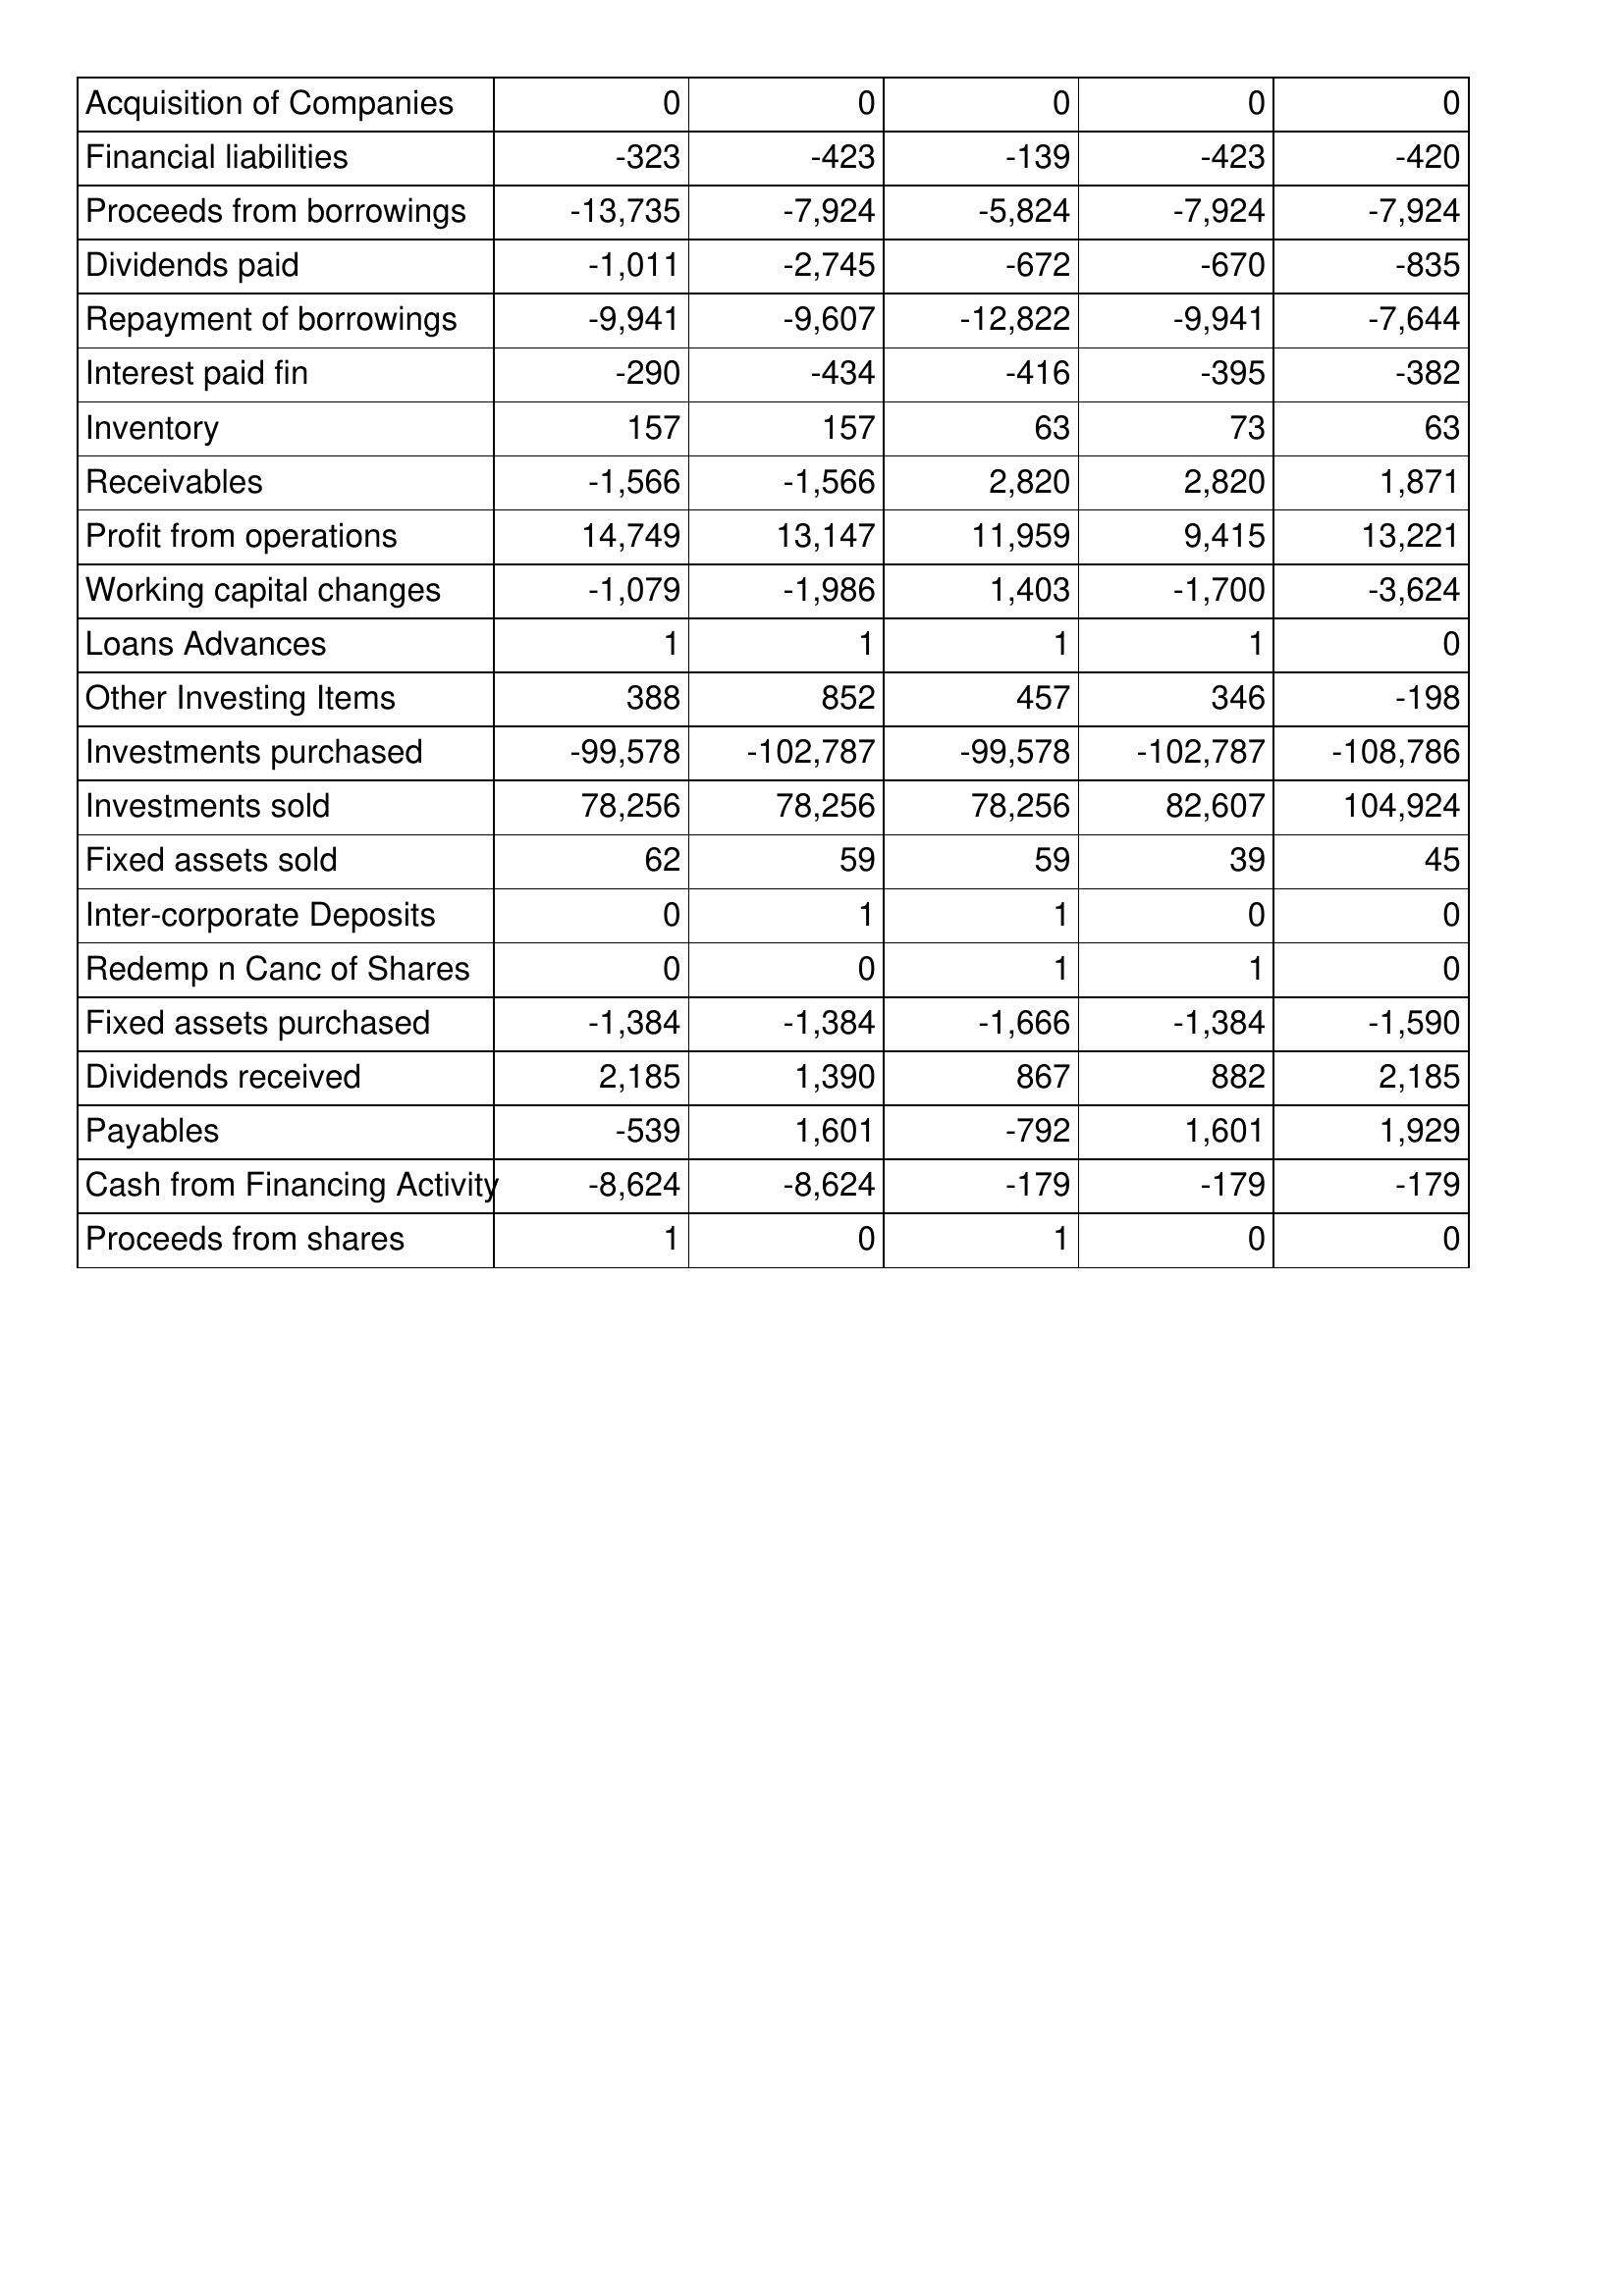
May-17: Cash Flows: Acquisition of Companies: 0
Financial liabilities: -323
Proceeds from borrowings: -13,735
Dividends paid: -1,011
Repayment of borrowings: -9,941
Interest paid fin: -290
Inventory: 157
Receivables: -1,566
Profit from operations: 14,749
Working capital changes: -1,079
Loans Advances: 1
Other Investing Items: 388
Investments purchased: -99,578
Investments sold: 78,256
Fixed assets sold: 62
Inter-corporate Deposits: 0
Redemp n Canc of Shares: 0
Fixed assets purchased: -1,384
Dividends received: 2,185
Payables: -539
Cash from Financing Activity: -8,624
Proceeds from shares: 1
May-16: Cash Flows: Acquisition of Companies: 0
Financial liabilities: -423
Proceeds from borrowings: -7,924
Dividends paid: -2,745
Repayment of borrowings: -9,607
Interest paid fin: -434
Inventory: 157
Receivables: -1,566
Profit from operations: 13,147
Working capital changes: -1,986
Loans Advances: 1
Other Investing Items: 852
Investments purchased: -102,787
Investments sold: 78,256
Fixed assets sold: 59
Inter-corporate Deposits: 1
Redemp n Canc of Shares: 0
Fixed assets purchased: -1,384
Dividends received: 1,390
Payables: 1,601
Cash from Financing Activity: -8,624
Proceeds from shares: 0
May-15: Cash Flows: Acquisition of Companies: 0
Financial liabilities: -139
Proceeds from borrowings: -5,824
Dividends paid: -672
Repayment of borrowings: -12,822
Interest paid fin: -416
Inventory: 63
Receivables: 2,820
Profit from operations: 11,959
Working capital changes: 1,403
Loans Advances: 1
Other Investing Items: 457
Investments purchased: -99,578
Investments sold: 78,256
Fixed assets sold: 59
Inter-corporate Deposits: 1
Redemp n Canc of Shares: 1
Fixed assets purchased: -1,666
Dividends received: 867
Payables: -792
Cash from Financing Activity: -179
Proceeds from shares: 1
May-14: Cash Flows: Acquisition of Companies: 0
Financial liabilities: -423
Proceeds from borrowings: -7,924
Dividends paid: -670
Repayment of borrowings: -9,941
Interest paid fin: -395
Inventory: 73
Receivables: 2,820
Profit from operations: 9,415
Working capital changes: -1,700
Loans Advances: 1
Other Investing Items: 346
Investments purchased: -102,787
Investments sold: 82,607
Fixed assets sold: 39
Inter-corporate Deposits: 0
Redemp n Canc of Shares: 1
Fixed assets purchased: -1,384
Dividends received: 882
Payables: 1,601
Cash from Financing Activity: -179
Proceeds from shares: 0
May-13: Cash Flows: Acquisition of Companies: 0
Financial liabilities: -420
Proceeds from borrowings: -7,924
Dividends paid: -835
Repayment of borrowings: -7,644
Interest paid fin: -382
Inventory: 63
Receivables: 1,871
Profit from operations: 13,221
Working capital changes: -3,624
Loans Advances: 0
Other Investing Items: -198
Investments purchased: -108,786
Investments sold: 104,924
Fixed assets sold: 45
Inter-corporate Deposits: 0
Redemp n Canc of Shares: 0
Fixed assets purchased: -1,590
Dividends received: 2,185
Payables: 1,929
Cash from Financing Activity: -179
Proceeds from shares: 0